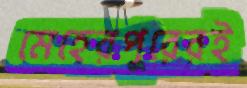
মেহেরপুরেরই